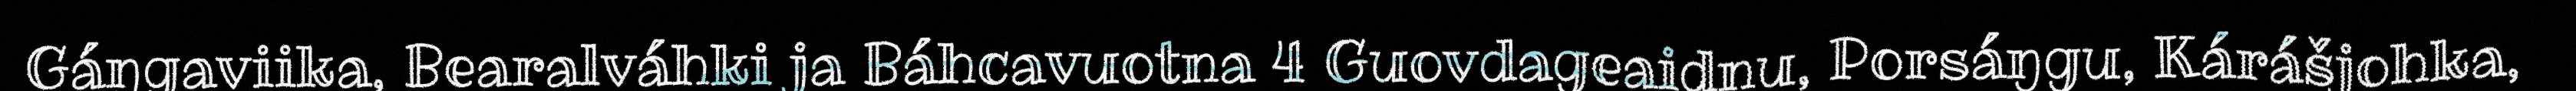
Gáŋgaviika, Bearalváhki ja Báhcavuotna 4 Guovdageaidnu, Porsáŋgu, Kárášjohka,